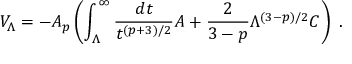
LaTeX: V _ { \Lambda } = - A _ { p } \left( \int _ { \Lambda } ^ { \infty } { \frac { d t } { t ^ { ( p + 3 ) / 2 } } } { \cal A } + { \frac { 2 } { 3 - p } } \Lambda ^ { ( 3 - p ) / 2 } { \cal C } \right) \ .